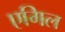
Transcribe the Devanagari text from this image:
एगिल